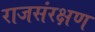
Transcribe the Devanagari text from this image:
राजसंरक्षण